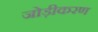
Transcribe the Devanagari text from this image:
जोड़ीकरण